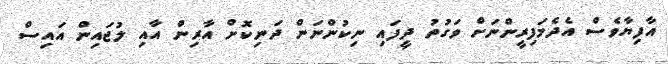
އާފިޔާވެސް އެދެމަފިރީންނަށް ވަގުތު ދީފައި ނިކުންނަން ދަނިކޮށް އާރިން އާއި ލުޖައިން އައިސް